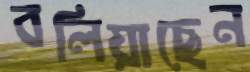
বলিয়াছেন